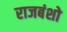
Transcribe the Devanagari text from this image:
राजबंशो